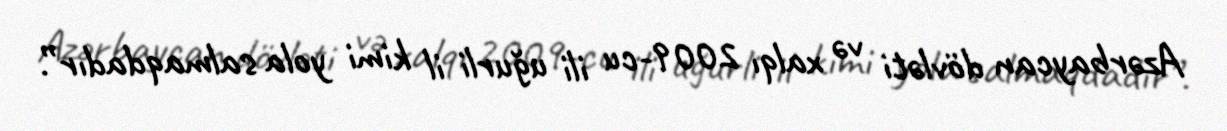
Azərbaycan dövləti və xalqı 2009-cu ili uğurli il kimi yola salmaqdadır”.